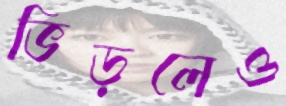
ভিড়লেও